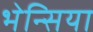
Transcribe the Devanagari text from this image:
भेन्सिया